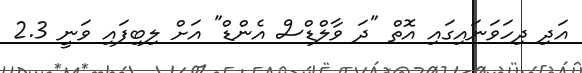
އަދި ދިހަވަނައިގައި އޮތް "ދަ ވާލްޑްސް އެންޑް" އަށް ލިބިފައި ވަނީ 2.3